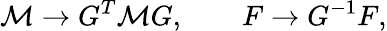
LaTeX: {\cal M}\to G^{T}{\cal M}G,\qquad F\to G^{-1}F,